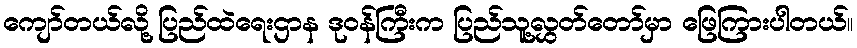
ကျော်တယ်လို့ ပြည်ထဲရေးဌာန ဒုဝန်ကြီးက ပြည်သူ့လွှတ်တော်မှာ ဖြေကြားပါတယ်။